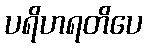
ပရိဟရတိပေ